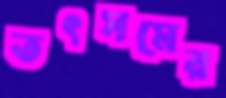
তৎসমের